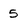
Character: 5